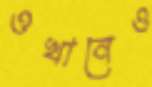
ওখানেও